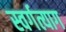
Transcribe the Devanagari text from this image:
स्वर्गत्याग